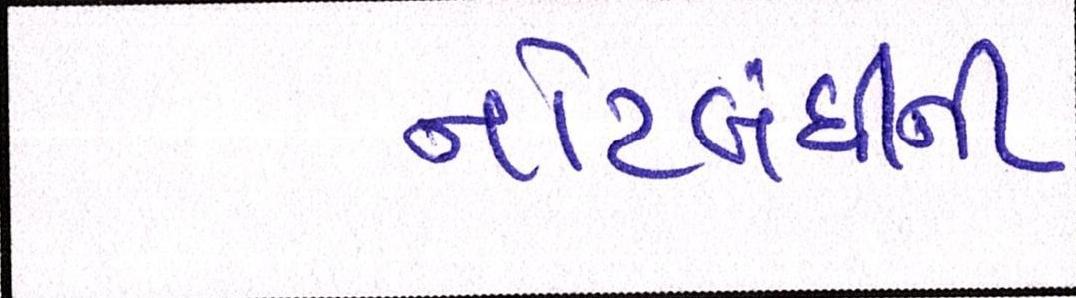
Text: નોટબંધીની